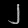
Digit: ၂